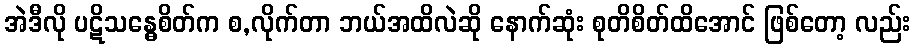
အဲဒီလို ပဋိသန္ဓေစိတ်က စ,လိုက်တာ ဘယ်အထိလဲဆို နောက်ဆုံး စုတိစိတ်ထိအောင် ဖြစ်တော့ လည်း